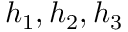
h _ { 1 } , h _ { 2 } , h _ { 3 }